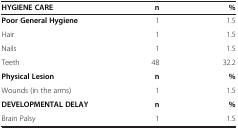
| HYGIENE CARE | n | % |
 | --- | --- | --- |
 | Poor General Hygiene | 1 | 1.5 |
 | Hair | 1 | 1.5 |
 | Nails | 1 | 1.5 |
 | Teeth | 48 | 32.2 |
 | Physical Lesion | n | % |
 | Wounds (in the arms) | 1 | 1.5 |
 | DEVELOPMENTAL DELAY | n | % |
 | Brain Palsy | 1 | 1.5 |